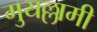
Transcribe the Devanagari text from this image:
गुयल्लामी